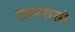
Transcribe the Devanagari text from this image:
रतनरासो